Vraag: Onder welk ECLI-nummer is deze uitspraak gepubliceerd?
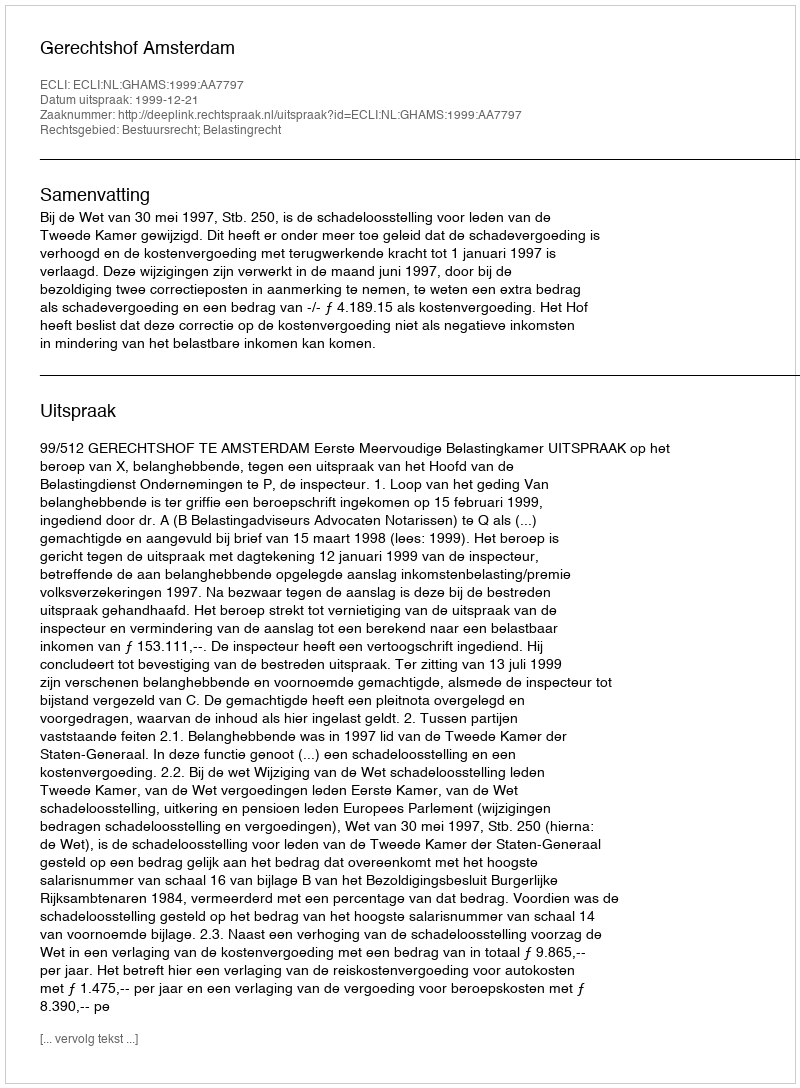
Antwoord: ECLI:NL:GHAMS:1999:AA7797